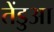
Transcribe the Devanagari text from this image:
तेंडुआ